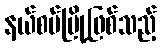
နယ်စပ်မြို့ဖြစ်သည့်